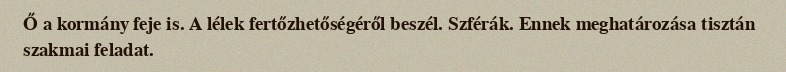
Ő a kormány feje is. A lélek fertőzhetőségéről beszél. Szférák. Ennek meghatározása tisztán szakmai feladat.